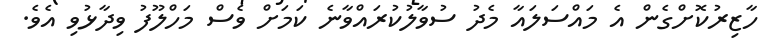
ހާޒިރުކޮށްގެން އެ މައްސަލައާ މެދު ސުވާލުކުރައްވާނެ ކަމަށް ވެސް މަހްލޫފު ވިދާޅުވި އެވެ.